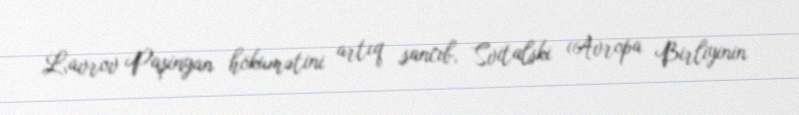
Lavrov Paşinyan hökumətini artıq sancıb, Svitalski (Avropa Birliyinin